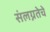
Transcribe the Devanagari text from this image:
संलग्नतेचे